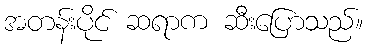
အတန်းပိုင် ဆရာက ဆီးပြောသည်။